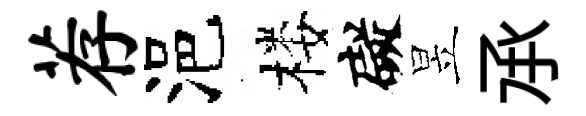
荐浥楼礙昱𠄘